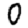
Digit: 0